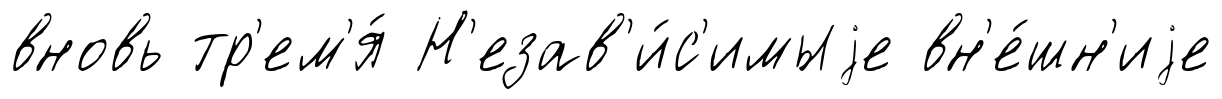
вновь тр'ем'я́ Н'езав'и́с'имыjе вн'е́шн'иjе